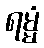
ရမ္မံ